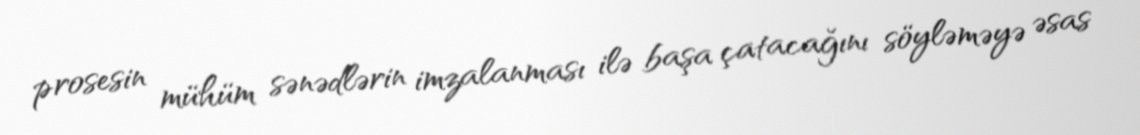
prosesin mühüm sənədlərin imzalanması ilə başa çatacağını söyləməyə əsas